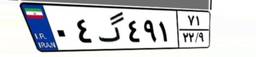
۰۴گ۴۹۱۷۱